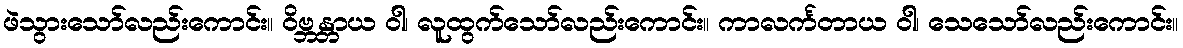
ဖဲသွားသော်လည်းကောင်း။ ဝိဗ္ဘန္တာယ ဝါ၊ လူထွက်သော်လည်းကောင်း။ ကာလင်္ကတာယ ဝါ၊ သေသော်လည်းကောင်း။